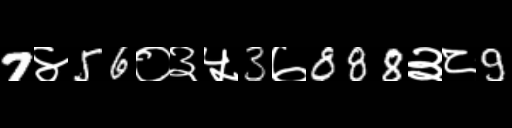
Text: 7४56०३५3७888३८9